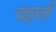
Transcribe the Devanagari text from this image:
चढतली